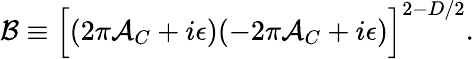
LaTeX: {\cal B}\equiv\Bigl[(2\pi{\cal A}_{C}+i\epsilon)(-2\pi{\cal A}_{C}+i\epsilon)\Bigr]^{2-D/2}.